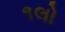
૧લો